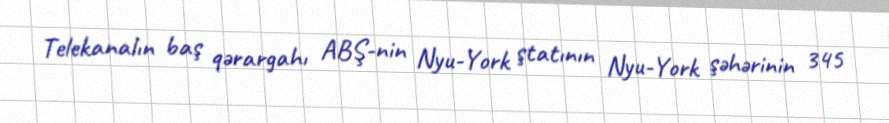
Telekanalın baş qərargahı ABŞ-nin Nyu-York ştatının Nyu-York şəhərinin 345